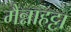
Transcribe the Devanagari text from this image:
मैन्नाहट्टा